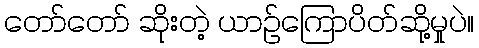
တော်တော် ဆိုးတဲ့ ယာဉ်ကြောပိတ်ဆို့မှုပဲ။